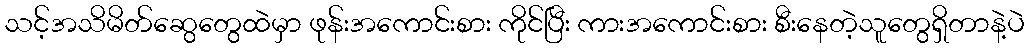
သင့်အသိမိတ်ဆွေတွေထဲမှာ ဖုန်းအကောင်းစား ကိုင်ပြီး ကားအကောင်းစား စီးနေတဲ့သူတွေရှိတာနဲ့ပဲ